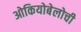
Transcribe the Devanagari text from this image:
ओकियोबेलोची